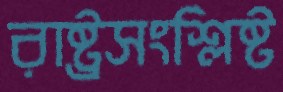
রাষ্ট্রসংশ্লিষ্ট